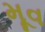
મૂવ